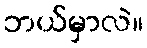
ဘယ်မှာလဲ။